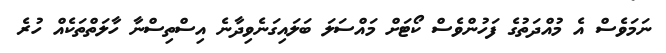
ނަމަވެސް އެ މުއްދަތުގެ ފަހުންވެސް ކޯޓަށް މައްސަލަ ބަލައިގަނެވިދާނެ އިސްތިސްނާ ހާލަތްތަކެއް ހުރެ